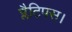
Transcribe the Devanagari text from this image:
प्लैटिपस।